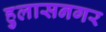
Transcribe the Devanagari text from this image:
हुलासनगर